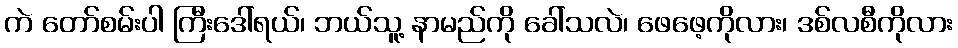
ကဲ တော်စမ်းပါ ကြီးဒေါ်ရယ်၊ ဘယ်သူ့ နာမည်ကို ခေါ်သလဲ၊ ဖေဖေ့ကိုလား၊ ဒစ်လစီကိုလား